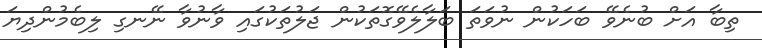
ތިބާ އަށް ބުނެވޭ ބަހަކުން ނުވަތަ ބަލާލެވޭގޮތަކުން ޖަލުތަކުގައި ވާނުވާ ނޭނގި ލިބެމުންދިޔަ